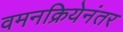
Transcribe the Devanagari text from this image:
वमनक्रियेनंतर